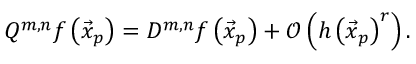
\begin{array} { r } { Q ^ { m , n } f \left( \vec { x } _ { p } \right) = D ^ { m , n } f \left( \vec { x } _ { p } \right) + \mathcal { O } \left( h \left( \vec { x } _ { p } \right) ^ { r } \right) . } \end{array}